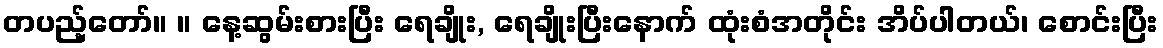
တပည့်တော်။ ။ နေ့ဆွမ်းစားပြီး ရေချိုး, ရေချိုးပြီးနောက် ထုံးစံအတိုင်း အိပ်ပါတယ်၊ စောင်းပြီး